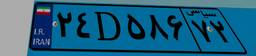
۲۴D۵۸۶۷۲